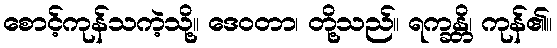
စောင့်ကုန်သကဲ့သို့။ ဒေဝတာ၊ တို့သည်။ ရက္ခန္တိ၊ ကုန်၏။